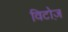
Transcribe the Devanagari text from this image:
विटोज़